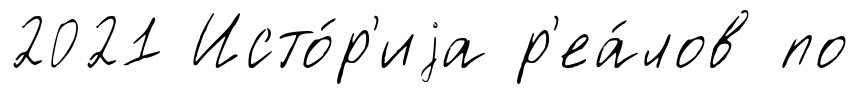
2021 Исто́р'иjа р'еа́лов по